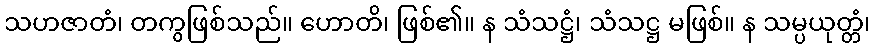
သဟဇာတံ၊ တကွဖြစ်သည်။ ဟောတိ၊ ဖြစ်၏။ န သံသဋ္ဌံ၊ သံသဋ္ဌ မဖြစ်။ န သမ္ပယုတ္တံ၊